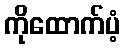
ကိုထောက်ပံ့